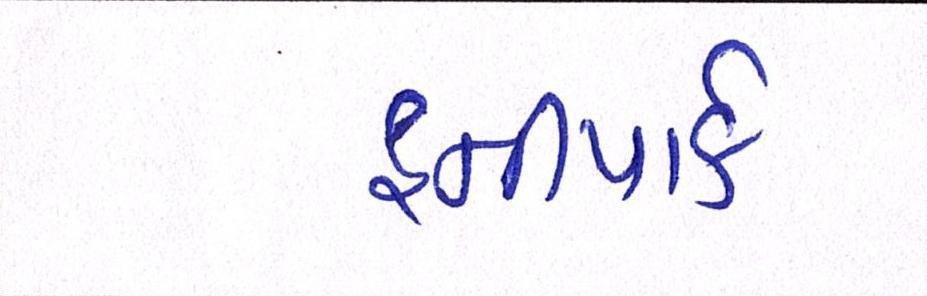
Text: હનીપાર્ક